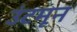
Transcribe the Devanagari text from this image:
उंटमून